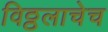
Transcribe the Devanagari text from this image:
विठ्ठलाचेच